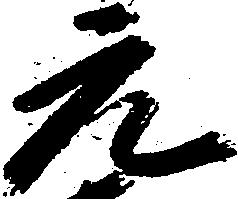
元